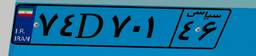
۰۰D۹۸۲۲۲